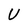
Character: U